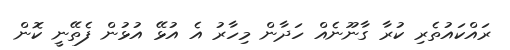
ރައްކައުތެރި ކުރާ ގާނޫނެއް ހަދާން މިހާރު އެ އުޅޭ އުޅުން ފެތޭނީ ކޮން